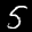
Label: 5